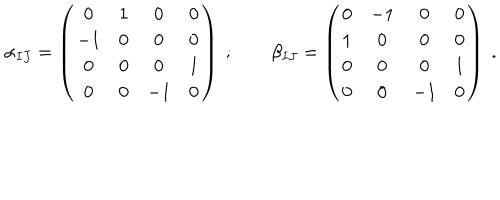
LaTeX: \alpha _ { I J } = \left( \begin{matrix} { { 0 } } & { { 1 } } & { { 0 } } & { { 0 } } \\ { { - 1 } } & { { 0 } } & { { 0 } } & { { 0 } } \\ { { 0 } } & { { 0 } } & { { 0 } } & { { 1 } } \\ { { 0 } } & { { 0 } } & { { - 1 } } & { { 0 } } \\ \end{matrix} \right) \ ; \qquad \beta _ { I J } = \left( \begin{matrix} { { 0 } } & { { - 1 } } & { { 0 } } & { { 0 } } \\ { { 1 } } & { { 0 } } & { { 0 } } & { { 0 } } \\ { { 0 } } & { { 0 } } & { { 0 } } & { { 1 } } \\ { { 0 } } & { { 0 } } & { { - 1 } } & { { 0 } } \\ \end{matrix} \right) \ .